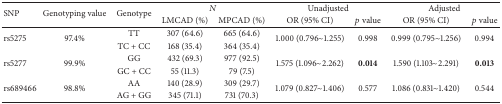
<table><thead><tr><td rowspan="2"><b>SNP</b></td><td rowspan="2"><b>Genotyping value</b></td><td rowspan="2"><b>Genotype</b></td><td colspan="2"><b><i>N</i></b></td><td colspan="2"><b>Unadjusted</b></td><td colspan="2"><b>Adjusted</b></td></tr><tr><td><b>LMCAD (%)</b></td><td><b>MPCAD (%)</b></td><td><b>OR (95% CI)</b></td><td><b><i>p</i> value</b></td><td><b>OR (95% CI)</b></td><td><b><i>p</i> value</b></td></tr></thead><tbody><tr><td rowspan="2">rs5275</td><td rowspan="2">97.4%</td><td>TT</td><td>307 (64.6)</td><td>665 (64.6)</td><td rowspan="2">1.000 (0.796~1.255)</td><td rowspan="2">0.998</td><td rowspan="2">0.999 (0.795~1.256)</td><td rowspan="2">0.994</td></tr><tr><td>TC + CC</td><td>168 (35.4)</td><td>364 (35.4)</td></tr><tr><td rowspan="2">rs5277</td><td rowspan="2">99.9%</td><td>GG</td><td>432 (69.3)</td><td>977 (92.5)</td><td rowspan="2">1.575 (1.096~2.262)</td><td rowspan="2"><b>0.014</b></td><td rowspan="2">1.590 (1.103~2.291)</td><td rowspan="2"><b>0.013</b></td></tr><tr><td>GC + CC</td><td>55 (11.3)</td><td>79 (7.5)</td></tr><tr><td rowspan="2">rs689466</td><td rowspan="2">98.8%</td><td>AA</td><td>140 (28.9)</td><td>309 (29.7)</td><td rowspan="2">1.079 (0.827~1.406)</td><td rowspan="2">0.577</td><td rowspan="2">1.086 (0.831~1.420)</td><td rowspan="2">0.544</td></tr><tr><td>AG + GG</td><td>345 (71.1)</td><td>731 (70.3)</td></tr></tbody></table>